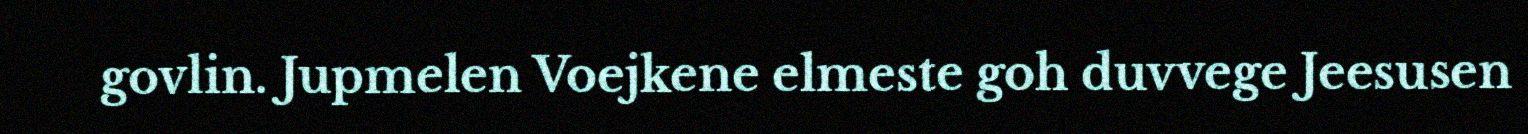
govlin. Jupmelen Voejkene elmeste goh duvvege Jeesusen